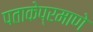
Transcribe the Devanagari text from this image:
पताकेप्रमाणे